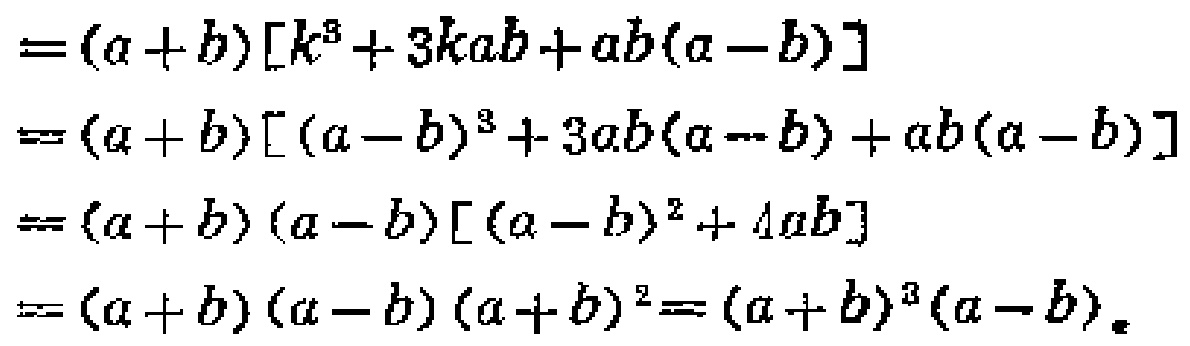
\[

\begin{align*}

&=(a + b)[k^{3}+3kab+ab(a - b)]\\

&=(a + b)[(a - b)^{3}+3ab(a - b)+ab(a - b)]\\

&=(a + b)(a - b)[(a - b)^{2}+4ab]\\

&=(a + b)(a - b)(a + b)^{2}=(a + b)^{3}(a - b).

\end{align*}

\]